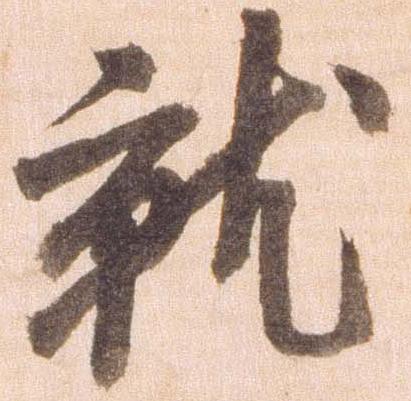
就